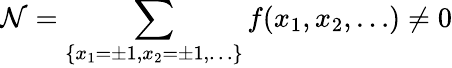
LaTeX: {\cal N}=\sum_{\{ x_{1}=\pm 1,x_{2}=\pm 1,\ldots\} }f(x_{1},x_{2},\ldots)\not=0